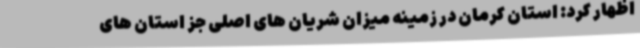
اظهار کرد: استان کرمان در زمینه میزان شریان های اصلی جز استان های